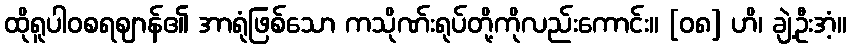
ထိုရူပါဝစရဈာန်၏ အာရုံဖြစ်သော ကသိုဏ်းရုပ်တို့ကိုလည်းကောင်း။ [၀၈] ဟိ၊ ချဲ့ဦးအံ့။